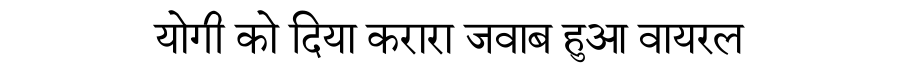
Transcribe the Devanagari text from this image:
योगी को दिया करारा जवाब हुआ वायरल